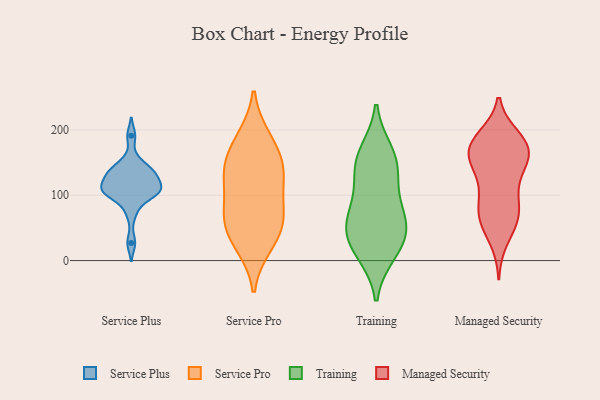
{"axis": {"x": "Net Income (USD K)", "y": "Value"}, "legend": ["Managed Security", "Service Plus", "Service Pro", "Training"], "data": [{"x": "", "y": 103, "type": "Service Plus"}, {"x": "", "y": 137, "type": "Service Plus"}, {"x": "", "y": 116, "type": "Service Plus"}, {"x": "", "y": 73, "type": "Service Plus"}, {"x": "", "y": 153, "type": "Service Plus"}, {"x": "", "y": 191, "type": "Service Plus"}, {"x": "", "y": 127, "type": "Service Plus"}, {"x": "", "y": 141, "type": "Service Plus"}, {"x": "", "y": 105, "type": "Service Plus"}, {"x": "", "y": 129, "type": "Service Plus"}, {"x": "", "y": 105, "type": "Service Plus"}, {"x": "", "y": 27, "type": "Service Plus"}, {"x": "", "y": 132, "type": "Service Plus"}, {"x": "", "y": 110, "type": "Service Plus"}, {"x": "", "y": 109, "type": "Service Plus"}, {"x": "", "y": 96, "type": "Service Plus"}, {"x": "", "y": 180, "type": "Service Pro"}, {"x": "", "y": 31, "type": "Service Pro"}, {"x": "", "y": 89, "type": "Service Pro"}, {"x": "", "y": 61, "type": "Service Pro"}, {"x": "", "y": 130, "type": "Service Pro"}, {"x": "", "y": 144, "type": "Service Pro"}, {"x": "", "y": 66, "type": "Service Pro"}, {"x": "", "y": 127, "type": "Service Pro"}, {"x": "", "y": 187, "type": "Service Pro"}, {"x": "", "y": 63, "type": "Service Pro"}, {"x": "", "y": 144, "type": "Service Pro"}, {"x": "", "y": 24, "type": "Service Pro"}, {"x": "", "y": 146, "type": "Training"}, {"x": "", "y": 154, "type": "Training"}, {"x": "", "y": 43, "type": "Training"}, {"x": "", "y": 43, "type": "Training"}, {"x": "", "y": 12, "type": "Training"}, {"x": "", "y": 77, "type": "Training"}, {"x": "", "y": 18, "type": "Training"}, {"x": "", "y": 125, "type": "Training"}, {"x": "", "y": 79, "type": "Training"}, {"x": "", "y": 165, "type": "Training"}, {"x": "", "y": 52, "type": "Training"}, {"x": "", "y": 162, "type": "Managed Security"}, {"x": "", "y": 63, "type": "Managed Security"}, {"x": "", "y": 31, "type": "Managed Security"}, {"x": "", "y": 144, "type": "Managed Security"}, {"x": "", "y": 83, "type": "Managed Security"}, {"x": "", "y": 123, "type": "Managed Security"}, {"x": "", "y": 165, "type": "Managed Security"}, {"x": "", "y": 70, "type": "Managed Security"}, {"x": "", "y": 107, "type": "Managed Security"}, {"x": "", "y": 90, "type": "Managed Security"}, {"x": "", "y": 189, "type": "Managed Security"}, {"x": "", "y": 159, "type": "Managed Security"}, {"x": "", "y": 181, "type": "Managed Security"}, {"x": "", "y": 63, "type": "Managed Security"}, {"x": "", "y": 186, "type": "Managed Security"}, {"x": "", "y": 184, "type": "Managed Security"}, {"x": "", "y": 58, "type": "Managed Security"}, {"x": "", "y": 168, "type": "Managed Security"}, {"x": "", "y": 165, "type": "Managed Security"}, {"x": "", "y": 143, "type": "Managed Security"}]}